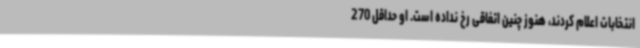
انتخابات اعلام کردند، هنوز چنین اتفاقی رخ نداده است. او حداقل 270